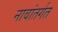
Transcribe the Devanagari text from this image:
नावांतर्गत